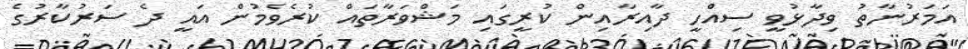
އަމަރުނާތު ވިދާޅުވީ ސިއްހީ ދާއިރާއިން ކުރީގައި މަޝްވަރާތައް ކުރެވެމުން އައީ ދެ ސަރުކާރުގެ